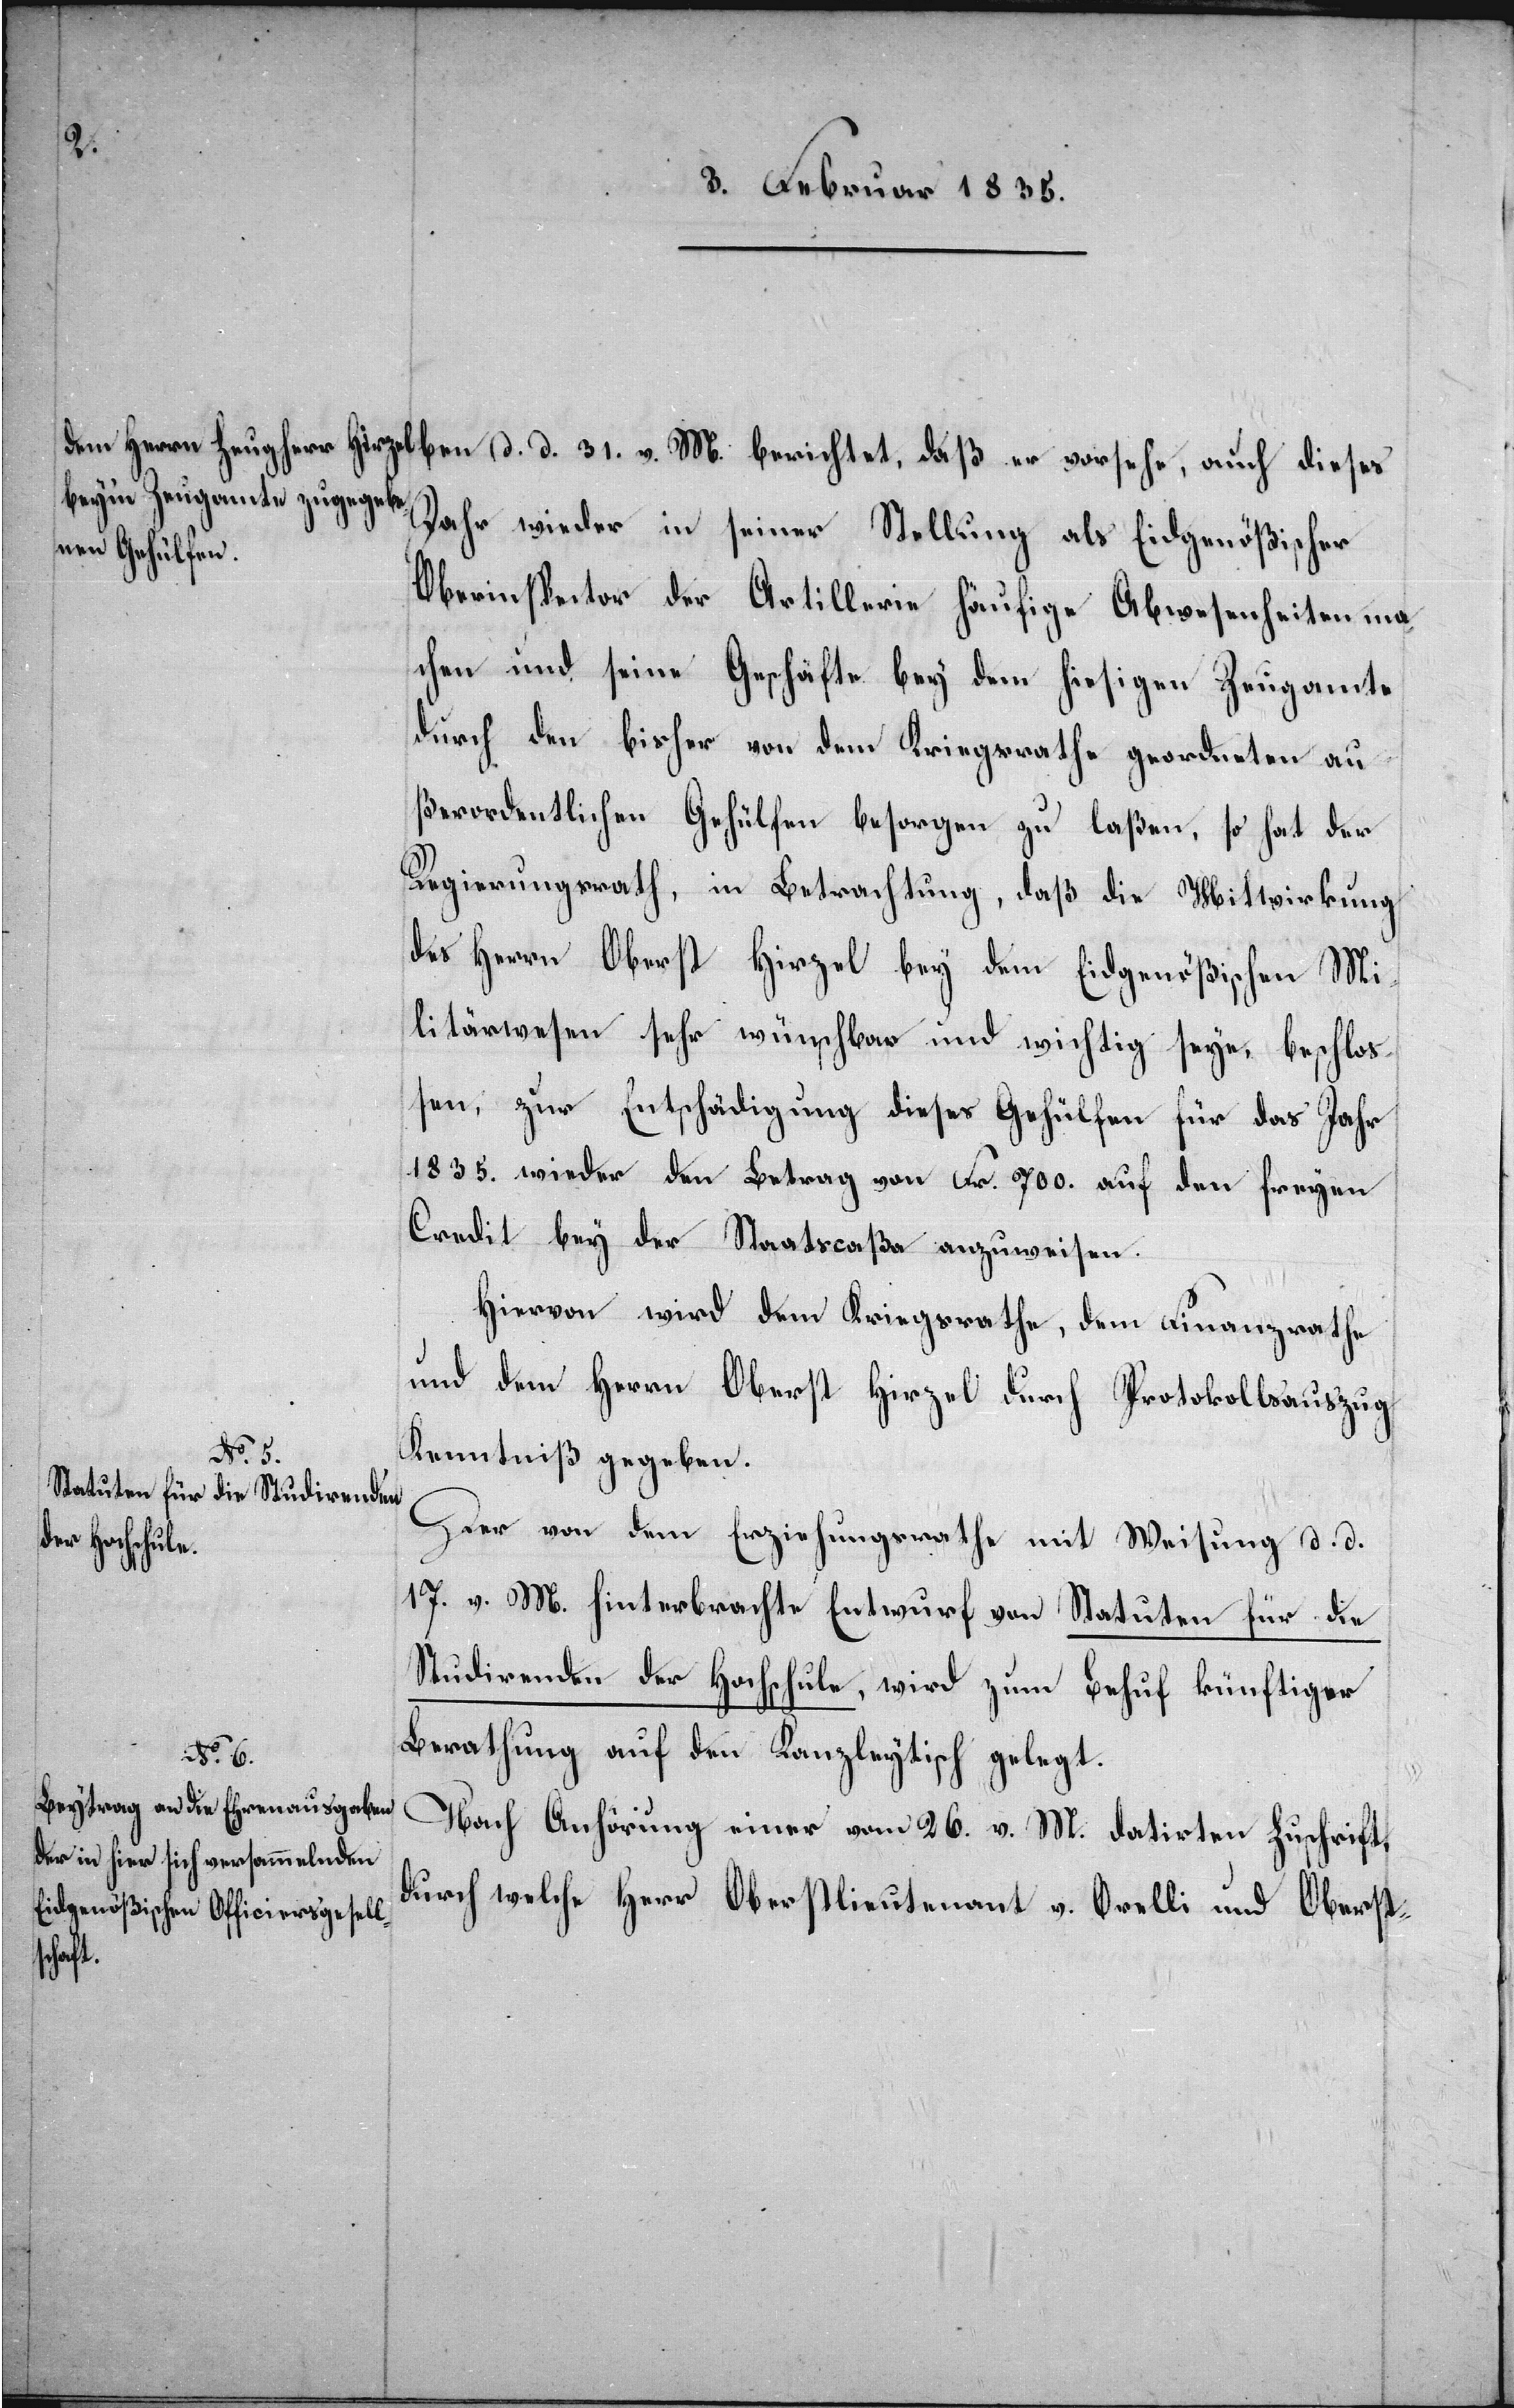
Jahr wieder in seiner Stellung als Eidgenößischer
Oberinspector der Artillerie häufige Abwesenheiten ma¬
chen und seine Geschäfte bey dem hiesigen Zeugamte
durch den bisher von dem Kriegsrathe geordneten au¬
ßerordentlichen Gehülfen besorgen zu laßen, so hat der
Regierungsrath, in Betrachtung, daß die Mitwirkung
des Herrn Oberst Hirzel bey dem Eidgenößischen Mi¬
litärwesen sehr wünschbar und wichtig seye, beschloß¬
en, zur Entschädigung dieses Gehülfen für das Jahr
1835. wieder den Betrag von Fr. 700. auf den freyen
Credit bei der Staatscaßa anzuweisen.
Hiervon wir dem Kriegsrathe, dem Finanzrathe
und dem Herrn Oberst Hirzel durch Protokollsauszug
v. M.
Kenntniß gegeben.
Der von dem Erziehungsrathe mit Weisung d. d.
17. v. M. hinterbrachte Entwurf von Statuten für die
Studirenden der Hochschule, wird zum Behuf künftiger
Berathung auf den Kanzleytisch gelegt.
Nach Anhörung einer vom 26. v. M. datirten Zuschrift,
durch welche Herr Oberstlieutenant v. Orelli und Oberst-